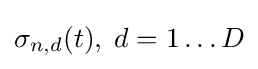
\sigma _{n,d}(t),\;d=1\ldots D